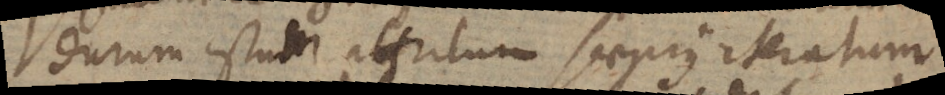
durum istum attritum saepius iteratum